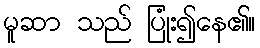
မူဆာ သည် ပြုံး၍နေ၏။